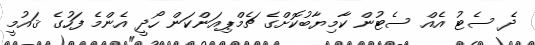
ދެ ސެޓު އެއް ސެޓުން ކާމިޔާބުކޮށްގެ ޗެމްޕިއަންކަން ހޯދީ އެންމެ ފަހުގެ ޤައުމީ